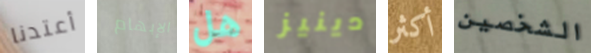
أعتدنا الإبهام هل دينيز أكثر الشخصين